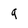
Character: q